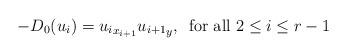
LaTeX: \begin{align*}-D_0(u_i)={u_i}_{x_{i+1}}{u_{i+1}}_y, \,\mbox{ for all } 2\leq i\leq r-1\end{align*}